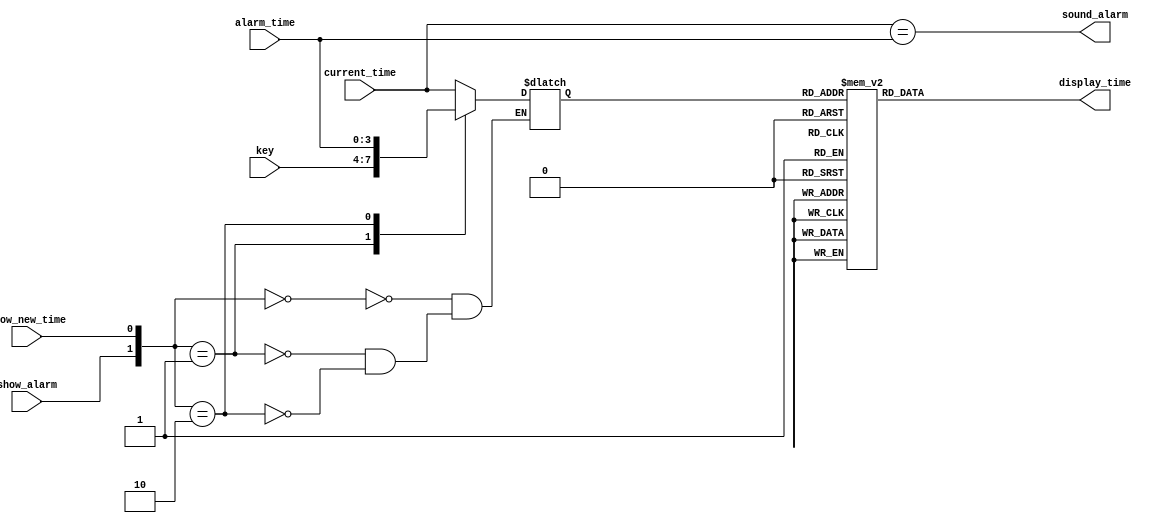
module aclk_lcd_driver (input [3:0] alarm_time,key,current_time,input show_alarm,show_new_time,
                            output reg [7:0] display_time,output reg sound_alarm);

reg [3:0]display_value ;//Defining the internal signals  

//Define the Parameter constants to represent LCD numbers
parameter ZERO = 8'h30,ONE = 8'h31,TWO = 8'h32, THREE = 8'h33, FOUR = 8'h34, FIVE = 8'h35,
          SIX = 8'h36, SEVEN = 8'h37, EIGHT = 8'h38, NINE = 8'h39, ERROR  = 8'h3A;

always @ (alarm_time or current_time or show_alarm or show_new_time or key) begin
    
    case({show_alarm,show_new_time})
        2'b00 : display_value = current_time;
        2'b01 : display_value = key;
        2'b10 : display_value = alarm_time;
        default: display_value = display_value;
    endcase
    
    //Generates sound_alarm logic i,e when current_time is equal to alarm_time
    sound_alarm <= (current_time == alarm_time);

  end

//Decoder logic 
always @ (display_value)
  begin
    // For number stored in display_value register, load display_time register with LCD equivalent
    case (display_value)
        4'd0 : display_time = ZERO;
        4'd1 : display_time = ONE;
        4'd2 : display_time = TWO;
        4'd3 : display_time = THREE;
        4'd4 : display_time = FOUR;
        4'd5 : display_time = FIVE;
        4'd6 : display_time = SIX;
        4'd7 : display_time = SEVEN;
        4'd8 : display_time = EIGHT;
        4'd9 : display_time = NINE;
       default : display_time = ERROR;
    endcase
   end 
endmodule